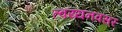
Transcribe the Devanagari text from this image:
त्वय्यनवसर